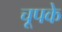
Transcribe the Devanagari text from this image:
चूपके